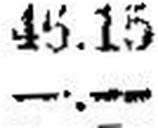
—.—